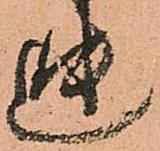
迚